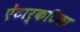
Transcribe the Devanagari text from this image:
ऐंटार्कटिका